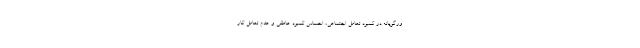
ورگویانه در کمبود تعامل اجتماعی، احساس کمبود عاطفی و عدم تعامل کار